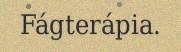
Fágterápia.